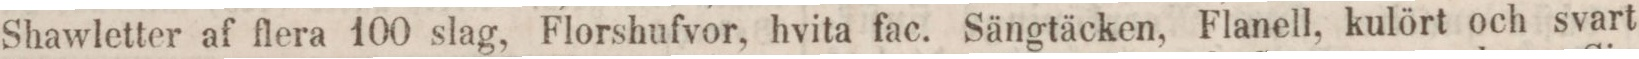
Shawletter af flera 100 slag, Florshufvor, hvita fac. Sängtäcken, Flanell, kulört och svart